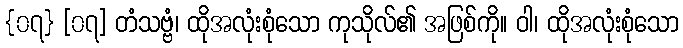
{၀၇} [၀၇] တံသဗ္ဗံ၊ ထိုအလုံးစုံသော ကုသိုလ်၏ အဖြစ်ကို။ ဝါ၊ ထိုအလုံးစုံသော